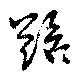
蹌